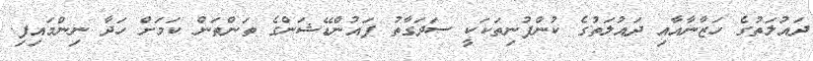
ދައުލަތުގެ ހަޒާނާއާއި ދައުލަތުގެ ކުންފުނިތަކަކީ ސަދަގާތު ފައުންޑޭޝަންގެ ތަންތަން ކަމަށް ހަދާ ނިންމައިފި.